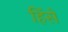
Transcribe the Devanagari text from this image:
हिंसे